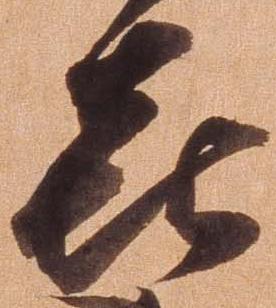
喜